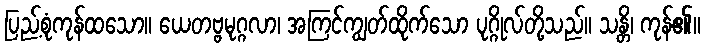
ပြည့်စုံကုန်ထသော။ ယေတဗ္ဗမုဂ္ဂလာ၊ အကြင်ကျွတ်ထိုက်သော ပုဂ္ဂိုလ်တို့သည်။ သန္တိ၊ ကုန်၏။